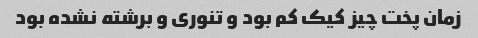
زمان پخت چیز کیک کم بود و تنوری و برشته نشده بود